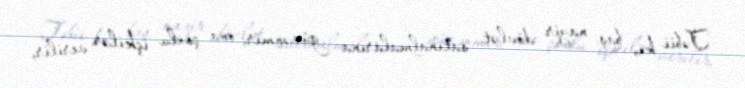
Təbii ki, baş nazir dövlət satınalmalarına güvənmir; ona çoxlu içkilər verilir,